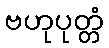
ဗဟုပုတ္တံ